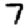
Digit: 7